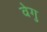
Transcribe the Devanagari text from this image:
वेगु